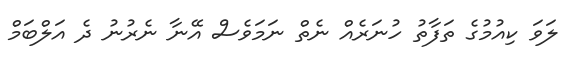
ލަވަ ކިއުމުގެ ތަފާތު ހުނަރެއް ނެތް ނަމަވެސް އޭނާ ނެރުނު ދެ އަލްބަމް